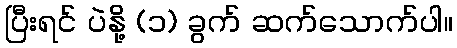
ပြီးရင် ပဲနို့ (၁) ခွက် ဆက်သောက်ပါ။